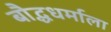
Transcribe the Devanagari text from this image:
बौद्धधर्माला